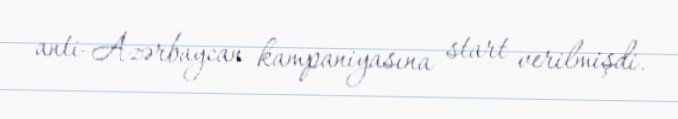
anti-Azərbaycan kampaniyasına start verilmişdi.